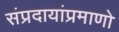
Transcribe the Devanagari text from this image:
संप्रदायांप्रमाणो